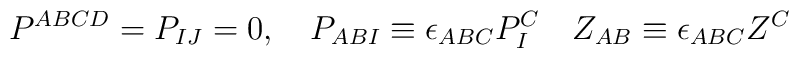
P^{ABCD}=P_{IJ}=0 , \quad P_{ AB I} \equiv \epsilon_{ABC}P^C_I\quad Z_{AB} \equiv \epsilon_{ABC}Z^C